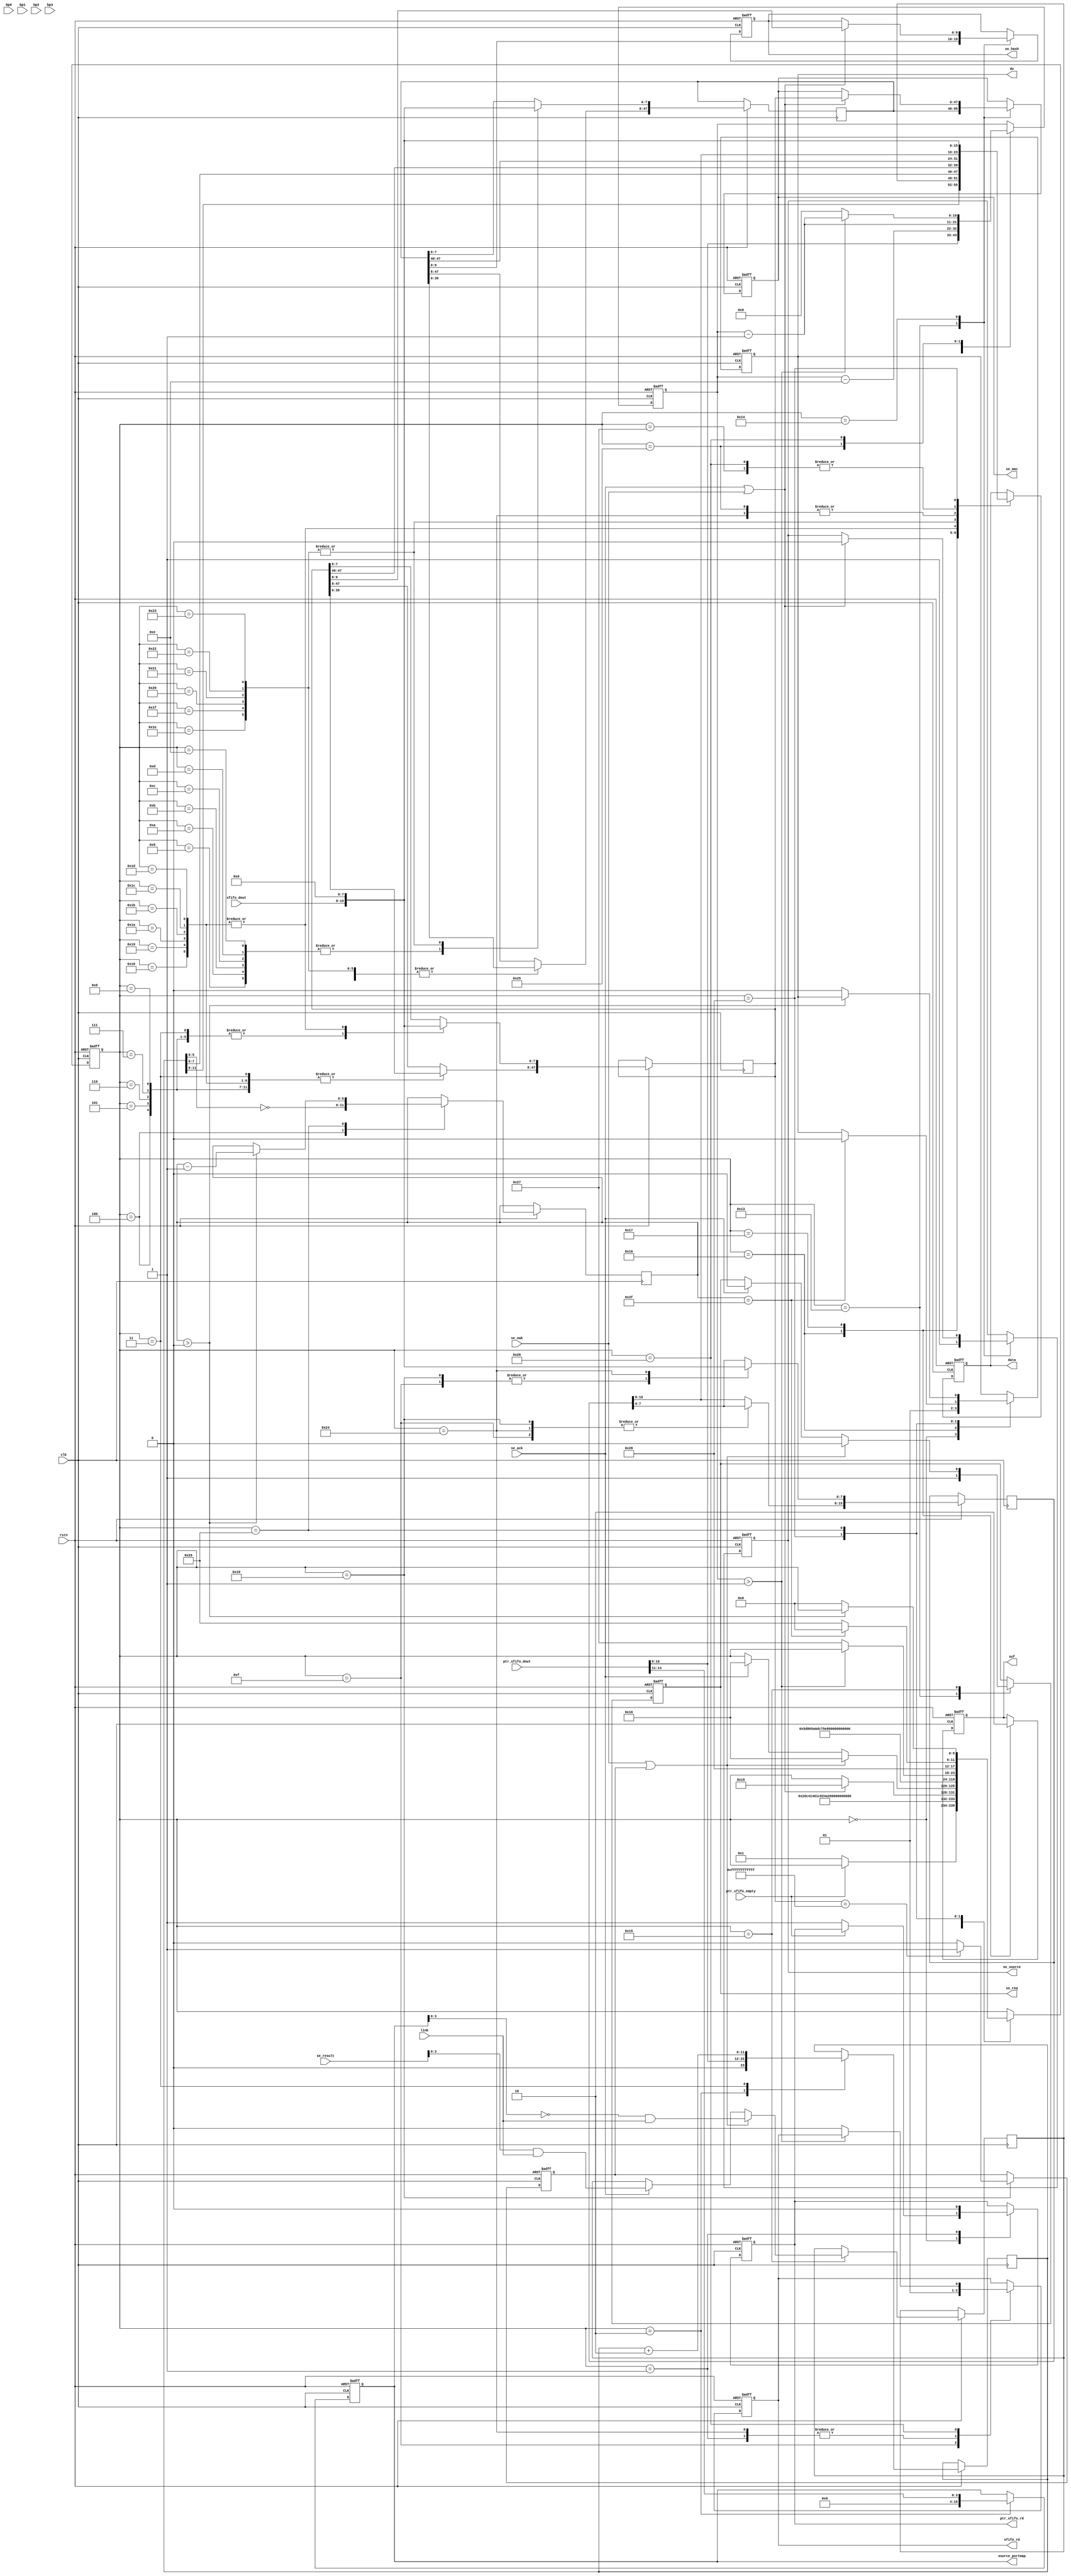
`timescale 1ns / 1ps
module frame_process(
input                	clk,
input                   rstn,
(*MARK_DEBUG="true"*) output  reg             sfifo_rd,
(*MARK_DEBUG="true"*) input        [7:0]      sfifo_dout,
output  reg             ptr_sfifo_rd,
input        [15:0]     ptr_sfifo_dout,
input                   ptr_sfifo_empty,

output  reg  [47:0]     se_mac,
output  reg  [15:0]     source_portmap,
output  reg  [9:0]      se_hash,
output  reg             se_source,
output  reg             se_req,
input                   se_ack,
input                   se_nak,
input        [15:0]     se_result,
input        [3:0]      link,                    

input                   bp0,
input                   bp1,
input                   bp2,
input                   bp3,
output  reg             sof,
output  reg             dv,
output  reg  [7:0]      data    
);
reg     [47:0]     source_mac;
reg     [47:0]     desti_mac;
reg     [15:0]     length_type; 
reg     [5:0]      state;
reg     [10:0]     cnt;
reg     [3:0]      egress_portmap;
reg     [11:0]     length;
reg     [5:0]      pad_cnt;
reg				   broadcast;
always@(posedge clk or negedge rstn)begin
    if(!rstn)begin
        sfifo_rd<=#2 0;
        ptr_sfifo_rd<=#2 0;
        se_mac<=#2 0;
        se_hash<=#2 0;
        se_req<=#2 0;
        source_portmap<=#2 0;
        sof<=#2 0;
        dv<=#2 0;
        data<=#2 0;
        state<=#2 0;
        cnt<=#2 0;
		se_source<=#2 0;
		broadcast<=#2 0;
        end
    else  begin
        case(state)
        0:begin
            dv<=#2 0;
            if(!ptr_sfifo_empty)begin
                ptr_sfifo_rd<=#2 1;   	
                state<=#2 1;         	
                end
            end
        1:begin
            ptr_sfifo_rd<=#2 0;
            sfifo_rd<=#2 1;	
            state<=#2 2;
            end
        2:begin
            cnt<=#2 ptr_sfifo_dout[10:0];						
            length<=#2 {1'b0,ptr_sfifo_dout[10:0]};				
            source_portmap<=#2 {12'b0,ptr_sfifo_dout[14:11]};	
            state<=#2 3;
            end
        3:begin
			length<=#2 length+2;	
			// desti_mac[47:40]<=#2 sfifo_dout[7:0];
            desti_mac[7:0]<=#2 sfifo_dout[7:0];
            desti_mac[47:8]<=#2 desti_mac[39:0];
            state<=#2 4;
            end
        4:begin
			pad_cnt<=#2 ~length[5:0];	
			// desti_mac[39:32]<=#2 sfifo_dout[7:0];
            desti_mac[7:0]<=#2 sfifo_dout[7:0];
            desti_mac[47:8]<=#2 desti_mac[39:0];
            state<=#2 5;
            end
        5:begin
            // desti_mac[31:24]<=#2 sfifo_dout[7:0];
            desti_mac[7:0]<=#2 sfifo_dout[7:0];
            desti_mac[47:8]<=#2 desti_mac[39:0];
            state<=#2 6;
            end
        6:begin
            // desti_mac[23:16]<=#2 sfifo_dout[7:0];
            desti_mac[7:0]<=#2 sfifo_dout[7:0];
            desti_mac[47:8]<=#2 desti_mac[39:0];
            state<=#2 7;
            end
        7:begin
            // desti_mac[15:8]<=#2 sfifo_dout[7:0];
            desti_mac[7:0]<=#2 sfifo_dout[7:0];
            desti_mac[47:8]<=#2 desti_mac[39:0];
            state<=#2 8;
            end
        8:begin
            desti_mac[7:0]<=#2 sfifo_dout[7:0];
            desti_mac[47:8]<=#2 desti_mac[39:0];
            state<=#2 9;
            end
        9:begin
            // source_mac[47:40]<=#2 sfifo_dout[7:0];
            source_mac[7:0]<=#2 sfifo_dout[7:0];
            source_mac[47:8]<=#2 source_mac[39:0];
            state<=#2 10;
            end
        10:begin
            // source_mac[39:32]<=#2 sfifo_dout[7:0];
            source_mac[7:0]<=#2 sfifo_dout[7:0];
            source_mac[47:8]<=#2 source_mac[39:0];
            state<=#2 11;
            end
        11:begin
            // source_mac[31:24]<=#2 sfifo_dout[7:0];
            source_mac[7:0]<=#2 sfifo_dout[7:0];
            source_mac[47:8]<=#2 source_mac[39:0];
            state<=#2 12;
            end
        12:begin
            // source_mac[23:16]<=#2 sfifo_dout[7:0];
            source_mac[7:0]<=#2 sfifo_dout[7:0];
            source_mac[47:8]<=#2 source_mac[39:0];
            state<=#2 13;
            end
        13:begin
            // source_mac[15:8]<=#2 sfifo_dout[7:0];
            source_mac[7:0]<=#2 sfifo_dout[7:0];
            source_mac[47:8]<=#2 source_mac[39:0];
            state<=#2 14;
            end
        14:begin
            source_mac[7:0]<=#2 sfifo_dout[7:0];
            source_mac[47:8]<=#2 source_mac[39:0];
            state<=#2 15;
            end
        15:begin
            // length_type[15:8]<=#2 sfifo_dout[7:0];
            length_type[7:0]<=#2 sfifo_dout[7:0];
            length_type[15:8]<=#2 length_type[7:0];
            sfifo_rd<=#2 0;
            state<=#2 16;
            end
        16:begin
            length_type[7:0]<=#2 sfifo_dout[7:0];
            length_type[15:8]<=#2 length_type[7:0];
            cnt<=#2 cnt-14;
			if(desti_mac==48'hff_ff_ff_ff_ff_ff) broadcast<=#2 1;
			else broadcast<=#2 0;
            state<=#2 19;
            end
        19:begin
            se_source<=#2 1;
            se_mac<=#2 source_mac;
            se_hash<=#2 source_mac[9:0];
            se_req<=#2 1;
            state<=#2 20;
            end
        20:begin
            if(se_ack|se_nak)begin
                se_source<=#2 0;
                se_hash<=#2 desti_mac[9:0];
                se_mac<=#2 desti_mac;
                state<=#2 21;
                end
            end
        21:begin
            if(se_ack)begin
                se_req<=#2 0;
                state<=#2 22;
                egress_portmap<=#2 se_result[3:0]&link;
                end
            if(se_nak | broadcast)begin
                se_req<=#2 0;
                state<=#2 22;
                // egress_portmap<=#2 ((source_portmap==15'd1)?4'b1110:
                //                 (source_portmap==15'd2)?4'b1101:
                //                 (source_portmap==15'd4)?4'b1011:4'b0111)&link;
                egress_portmap<=#2 (~source_portmap & link);
                end
            end
        22:begin
            data<=#2 {length[11:8],egress_portmap[3:0]};  
            dv<=#2 1;
            sof<=#2 1;  
            state<=#2 23;
            end
        23:begin
            data<=#2 length[7:0];
            state<=#2 24;
            sof<=#2 0;
            end
        24:begin
            data<=#2 desti_mac[47:40];
            desti_mac<=#2 desti_mac << 8;
            state<=#2 25;
            end
        25:begin
            // data<=#2 desti_mac[39:32];
            data<=#2 desti_mac[47:40];
            desti_mac<=#2 desti_mac << 8;
            state<=#2 26;
            end
        26:begin
            // data<=#2 desti_mac[31:24];
            data<=#2 desti_mac[47:40];
            desti_mac<=#2 desti_mac << 8;
            state<=#2 27;
            end
        27:begin
            // data<=#2 desti_mac[23:16];
            data<=#2 desti_mac[47:40];
            desti_mac<=#2 desti_mac << 8;
            state<=#2 28;
            end
        28:begin
            // data<=#2 desti_mac[15:8];
            data<=#2 desti_mac[47:40];
            desti_mac<=#2 desti_mac << 8;
            state<=#2 29; 
            end
        29:begin
            // data<=#2 desti_mac[7:0];
            data<=#2 desti_mac[47:40];
            desti_mac<=#2 desti_mac << 8;
            state<=#2 30;
            end
        30:begin
            data<=#2 source_mac[47:40];
            source_mac<=#2 source_mac << 8;
            state<=#2 31;
            end
        31:begin
            // data<=#2 source_mac[39:32];
            data<=#2 source_mac[47:40];
            source_mac<=#2 source_mac << 8;
            state<=#2 32;
            end 
        32:begin
            // data<=#2 source_mac[31:24];
            data<=#2 source_mac[47:40];
            source_mac<=#2 source_mac << 8;
            state<=#2 33;
            end
        33:begin
            // data<=#2 source_mac[23:16];
            data<=#2 source_mac[47:40];
            source_mac<=#2 source_mac << 8;
            state<=#2 34;
            end
        34:begin
            // data<=#2 source_mac[15:8];
            data<=#2 source_mac[47:40];
            source_mac<=#2 source_mac << 8;
            state<=#2 35;
            end
        35:begin
            // data<=#2 source_mac[7:0];
            data<=#2 source_mac[47:40];
            source_mac<=#2 source_mac << 8;
            state<=#2 36;
            end
        36:begin
            data<=#2 length_type[15:8];
            length_type<=#2 length_type << 8;
            state<=#2 37;
            sfifo_rd<=#2 1;
            end
        37:begin
            // data<=#2 length_type[7:0];
            data<=#2 length_type[15:8];
            cnt<=#2 cnt-1;
            state<=#2 38;
            end
        38:begin
            data<=#2 sfifo_dout;
            if(cnt>1) cnt<=#2 cnt-1;
            else begin
                cnt<=#2 0;
                sfifo_rd<=#2 0;
                state<=#2 39;
                end
            end
        39: begin
            data<=#2 sfifo_dout;
			state<=#2 40;
			end
		40:begin
            data<=#2 0;
            if(pad_cnt==6'd63)begin
				dv<=#2 0;
				state<=#2 0;
				end
			else begin
                data<=#2 0;
				state<=#2 41;
                end
            end
		41:begin
			if(pad_cnt>0) begin
				// data<=#2 data+1;
				pad_cnt<=#2 pad_cnt-1;
				end
			else begin
				dv<=#2 0;
				state<=#2 0;
				end
			end
        endcase
        end
    end

endmodule